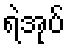
ရဲအုပ်